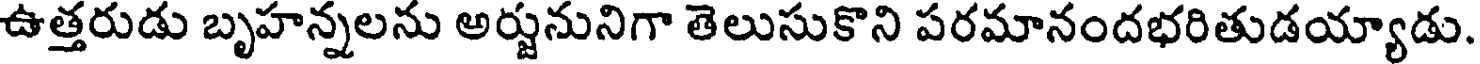
ఉత్తరుడు బృహన్నలను అర్జునునిగా తెలుసుకొని పరమానందభరితుడయ్యాడు.